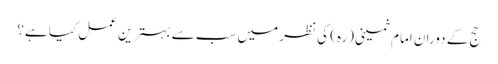
حج کے دوران امام خمینی(رہ) کی نظر میں سب سے بہترین عمل کیا ہے؟